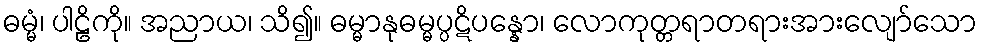
ဓမ္မံ၊ ပါဠိကို။ အညာယ၊ သိ၍။ ဓမ္မာနုဓမ္မပ္ပဋိပန္နော၊ လောကုတ္တရာတရားအားလျော်သော